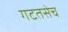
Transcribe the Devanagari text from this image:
गटतसेच